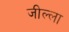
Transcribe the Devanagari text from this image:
जील्ला